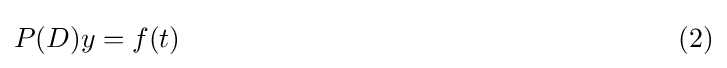
P(D)y=f(t)\qquad \qquad \qquad \qquad \qquad \qquad \qquad \qquad \qquad (2)